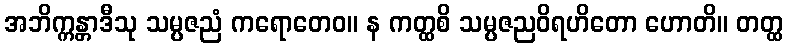
အဘိက္ကန္တာဒီသု သမ္ပဇညံ ကရောတေဝ။ န ကတ္ထစိ သမ္ပဇညဝိရဟိတော ဟောတိ။ တတ္ထ